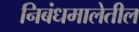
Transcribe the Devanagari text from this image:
निबंधमालेतील